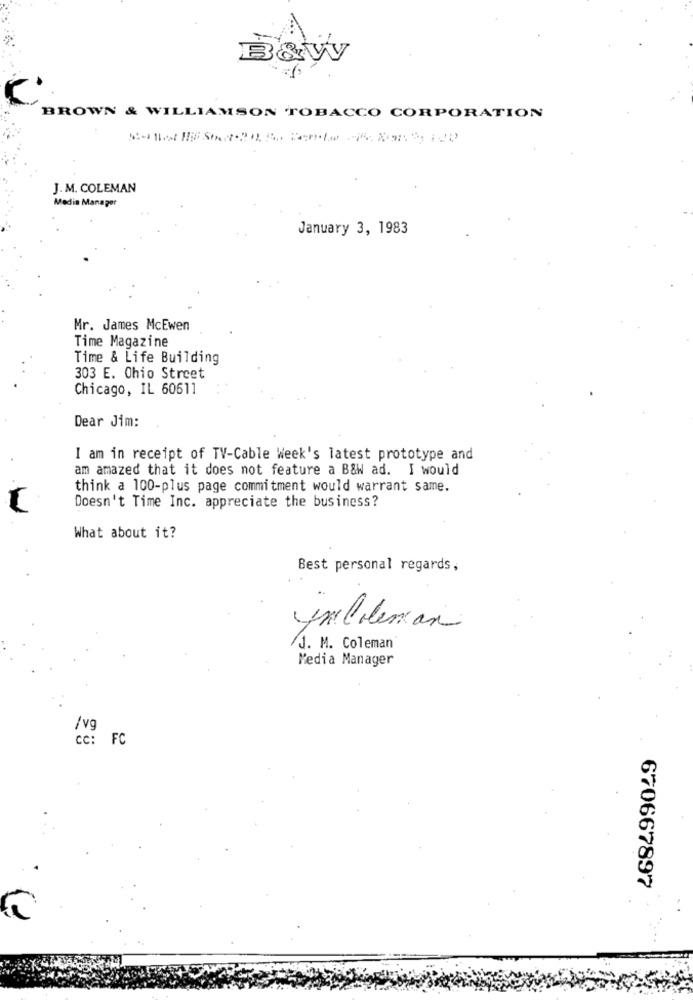
B&W
BROWN & WILLIAMSON TOBACCO CORPORATION
J. M. COLEMAN
Media Manager
January 3, 1983
Mr. James McEwen
Time Magazine
Time & Life Building
303 E. Ohio Street
Chicago, IL 60611
Dear Jim:
I am in receipt of TV-Cable Week's latest prototype and
am amazed that it does not feature a B&W ad. I would
think a 100-plus page commitment would warrant same.
Doesn't Time Inc. appreciate the business?
What about it?
Best personal regards,
/J. M. Coleman
Media Manager
/vg
cc: FC
670667897